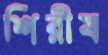
শিরীষ